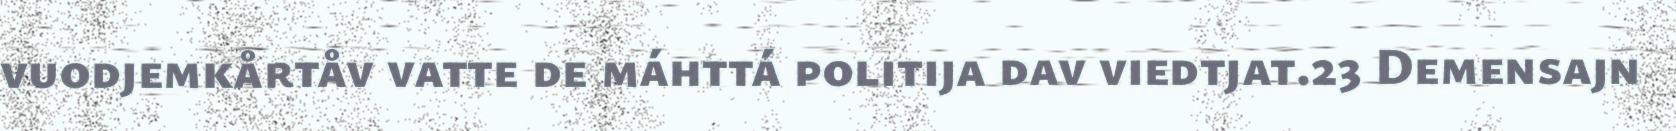
vuodjemkårtåv vatte de máhttá politija dav viedtjat.23 Demensajn